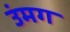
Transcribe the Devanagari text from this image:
उंमग